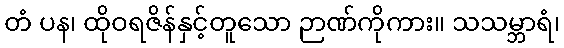
တံ ပန၊ ထိုဝရဇိန်နှင့်တူသော ဉာဏ်ကိုကား။ သသမ္ဘာရံ၊